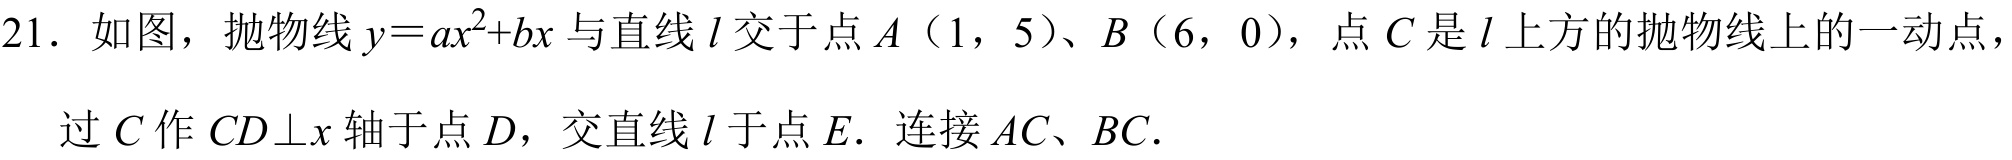
21. 如图，抛物线\(y = ax^{2}+bx\)与直线\(l\)交于点\(A(1,5)\)、\(B(6,0)\)，点\(C\)是\(l\)上方的抛物线上的一动点，
过\(C\)作\(CD\perp x\)轴于点\(D\)，交直线\(l\)于点\(E\). 连接\(AC\)、\(BC\).